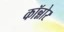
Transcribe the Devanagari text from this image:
कॉन्नोर